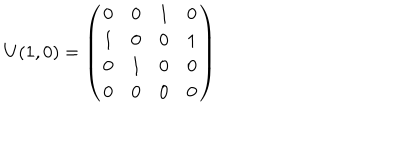
U ( 1 , 0 ) = \left( \begin{array} { c c c c } { { 0 } } & { { 0 } } & { { 1 } } & { { 0 } } \\ { { 1 } } & { { 0 } } & { { 0 } } & { { 1 } } \\ { { 0 } } & { { 1 } } & { { 0 } } & { { 0 } } \\ { { 0 } } & { { 0 } } & { { 0 } } & { { 0 } } \\ \end{array} \right)